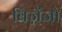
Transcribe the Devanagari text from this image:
बिज़ेंजो